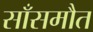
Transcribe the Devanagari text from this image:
साँसमौत